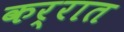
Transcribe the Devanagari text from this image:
कर्रात